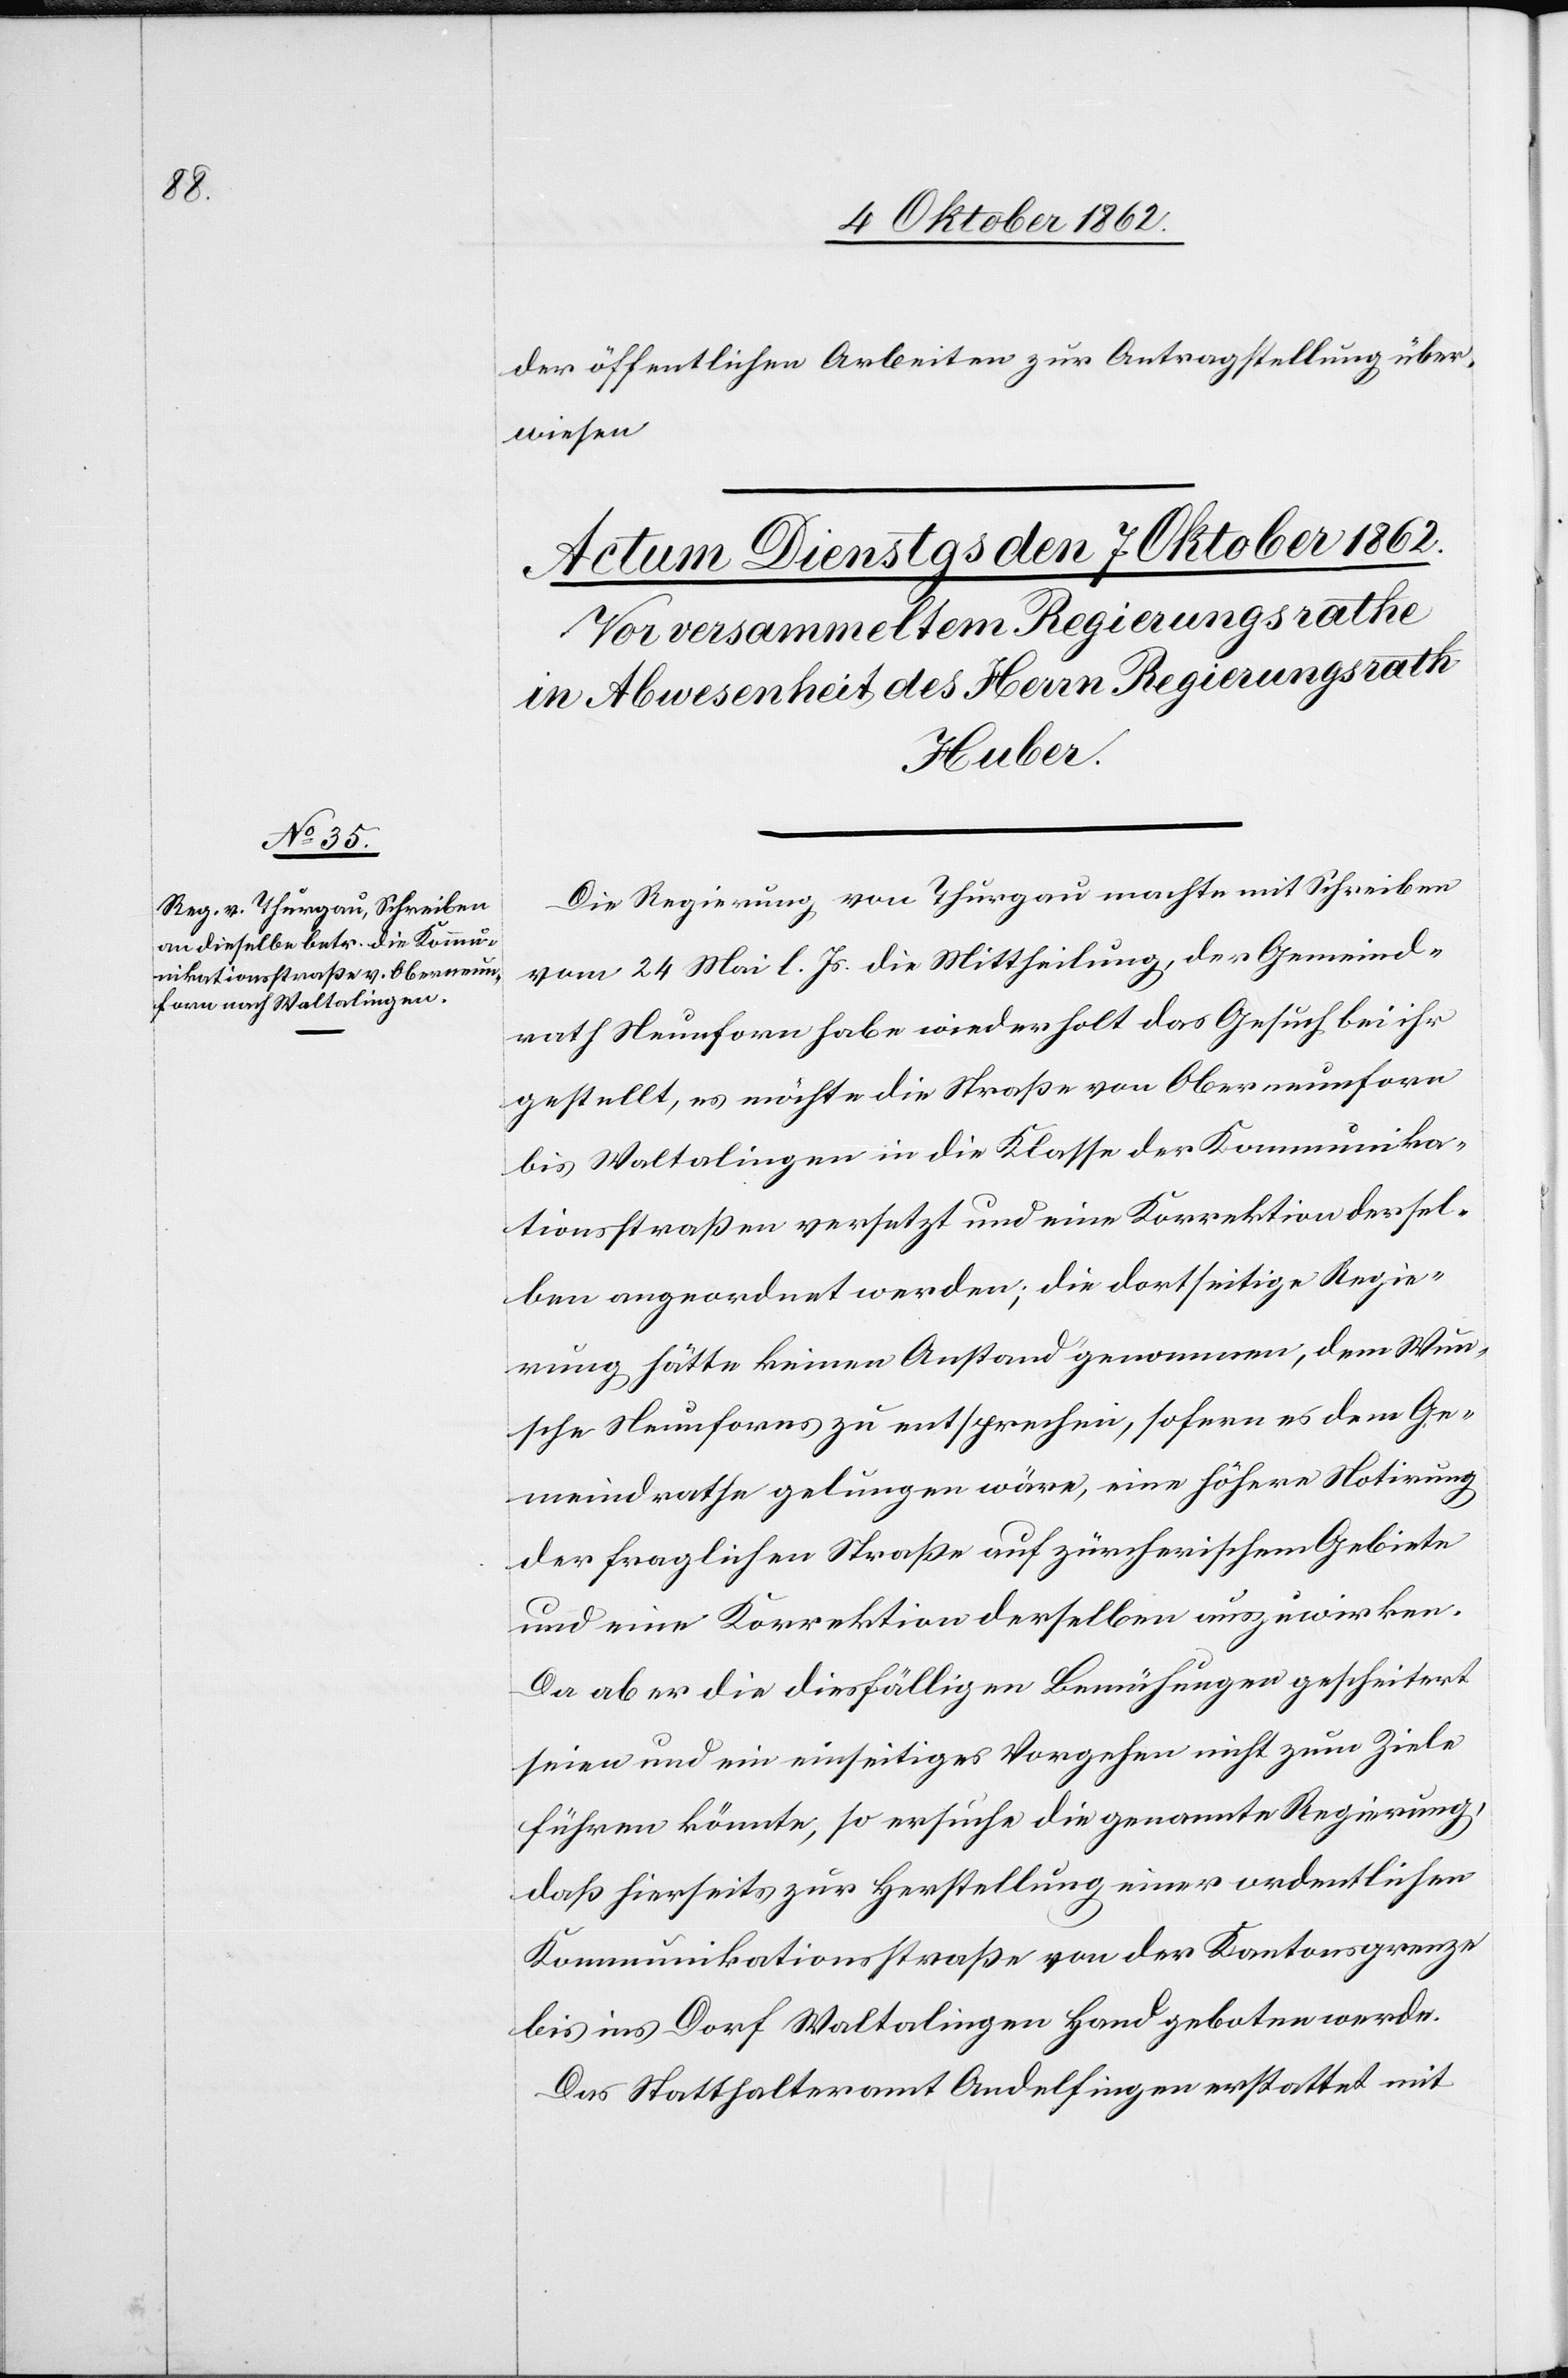
der öffentlichen Arbeiten zur Antragstellung über¬
wiesen.
Die Regierung von Thurgau machte mit Schreiben
vom 24. Mai l. Js. die Mittheilung, der Gemeind¬
rath Neunforn habe wiederholt das Gesuch bei ihr
gestellt, es möchte die Straße von Oberneunforn
bis Waltalingen in die Klasse der Kommunika¬
tionsstraßen versetzt und eine Korrektion dersel¬
ben angeordnet werden; die dortseitige Regie¬
rung hätte keinen Anstand genommen, dem Wun¬
sche Neunforns zu entsprechen, sofern es dem Ge¬
meindrathe gelungen wäre, eine höhere Notirung
der fraglichen Straße auf zürcherischem Gebiete
und eine Korrektion derselben auszuwirken.
Da aber die diesfälligen Bemühungen gescheitert
seien und ein einseitiges Vorgehen nicht zum Ziele
führen könnte, so ersuche die genannte Regierung,
daß hierseits zur Herstellung einer ordentlichen
Kommunikationsstraße von der Kantonsgrenze
bis ins Dorf Waltalingen Hand geboten werde.
Das Statthalteramt Andelfingen erstattet mit